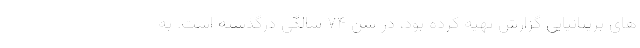
های بریتانیایی گزارش تهیه کرده بود، در سن ۷۴ سالگی درگذشته است. به